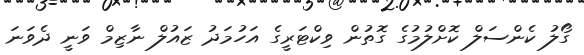
ގޯލު ކެންސަލް ކޮށްލުމުގެ ގޮތުން ވިކްޓަރީގެ އަހުމަދު ޒައުލް ނާޒިމް ވަނީ ދެވަނަ